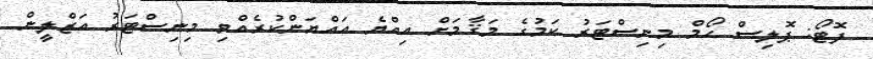
ފޮޓޯ: ޕޮލިސް ހޯމް މިނިސްޓަރު ކަމުގެ މަޤާމަށް އިއްޔެ އައްޔަންކުރެއްވި މިނިސްޓަރު އަޒްލީން